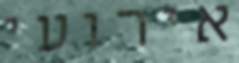
אירועי